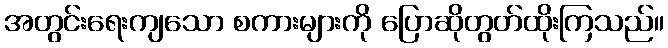
အတွင်းရေးကျသော စကားများကို ပြောဆိုတွတ်ထိုးကြသည်။